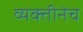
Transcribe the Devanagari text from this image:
व्यक्तीनेच